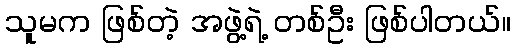
သူမက ဖြစ်တဲ့ အဖွဲ့ရဲ့ တစ်ဦး ဖြစ်ပါတယ်။